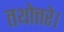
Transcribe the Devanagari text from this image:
तथोत्तरे।